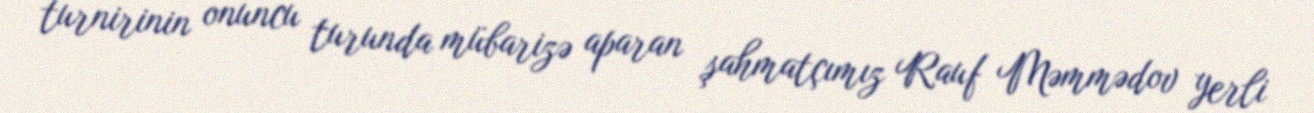
turnirinin onuncu turunda mübarizə aparan şahmatçımız Rauf Məmmədov yerli